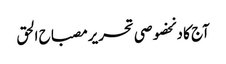
آج کا دنخصوصی تحریرمصباح الحق